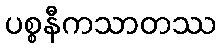
ပစ္စနီကသာတဿ